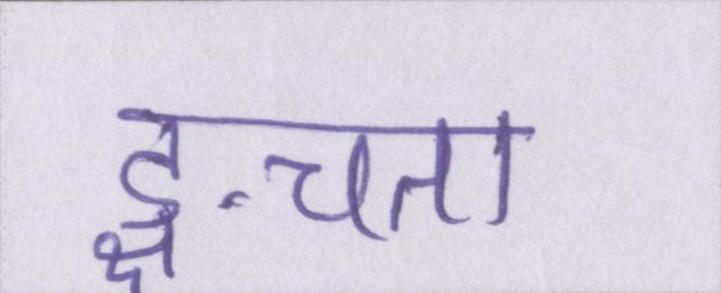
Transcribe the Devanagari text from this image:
ङ्क्षचता